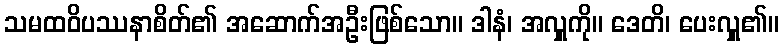
သမထဝိပဿနာစိတ်၏ အဆောက်အဦးဖြစ်သော။ ဒါနံ၊ အလှူကို။ ဒေတိ၊ ပေးလှူ၏။